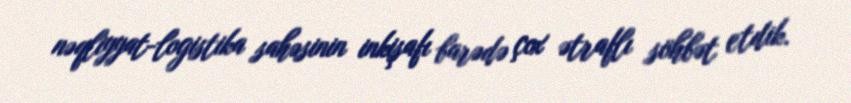
nəqliyyat-logistika sahəsinin inkişafı barədə çox ətraflı söhbət etdik.